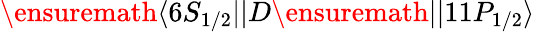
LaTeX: \ensuremath{\langle 6S_{1/2}||}D\ensuremath{||11P_{1/2}\rangle}